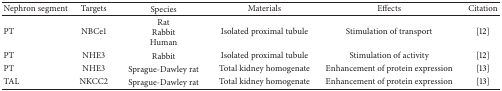
| Nephron segment | Targets | Species | Materials | Effects | Citation |
 | --- | --- | --- | --- | --- | --- |
 | PT | NBCe1 | RatRabbitHuman | Isolated proximal tubule | Stimulation of transport | [12] |
 | PT | NHE3 | Rabbit | Isolated proximal tubule | Stimulation of activity | [12] |
 | PT | NHE3 | Sprague-Dawley rat | Total kidney homogenate | Enhancement of protein expression | [13] |
 | TAL | NKCC2 | Sprague-Dawley rat | Total kidney homogenate | Enhancement of protein expression | [13] |